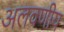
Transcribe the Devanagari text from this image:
अलवणीय